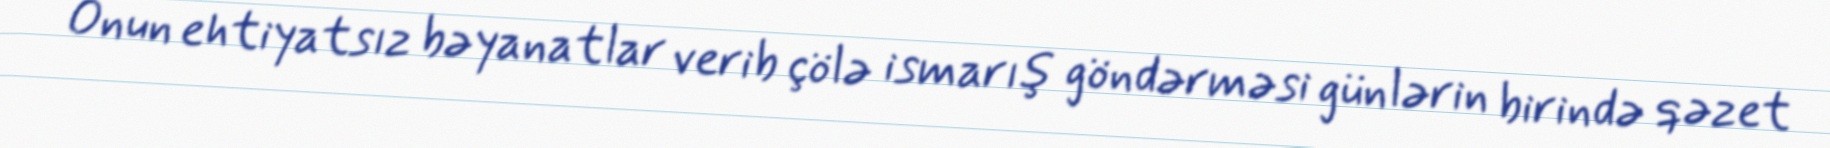
Onun ehtiyatsız bəyanatlar verib çölə ismarış göndərməsi günlərin birində qəzet